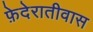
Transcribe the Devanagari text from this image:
फ़ेदेरातीवास